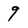
Character: 9